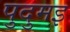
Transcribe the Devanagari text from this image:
पुदुमइ